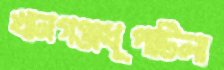
খানগঞ্জধূপাটিলা